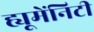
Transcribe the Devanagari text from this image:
ह्यूमेंनिटी